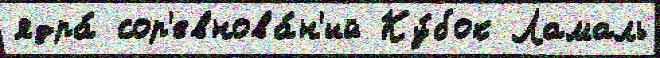
ядра́ сор'евнова́н'ий Ку́бок Ламаль